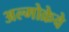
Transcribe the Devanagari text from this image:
अल्मोक्रेवे